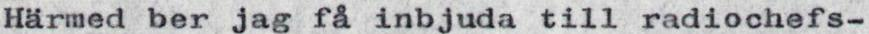
Härmed ber jag få inbjuda till radiochefs-